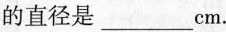
234cm的直径是_________cm。